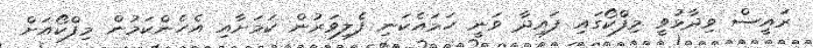
ރައީސް ވިދާޅުވީ މިފްކޯގައި ފައިދާ ވަނީ ހަމައެކަނި ފެލިވަރުން ކަމަށާއި އެހެންކަމުން މިފްކޯއަށް